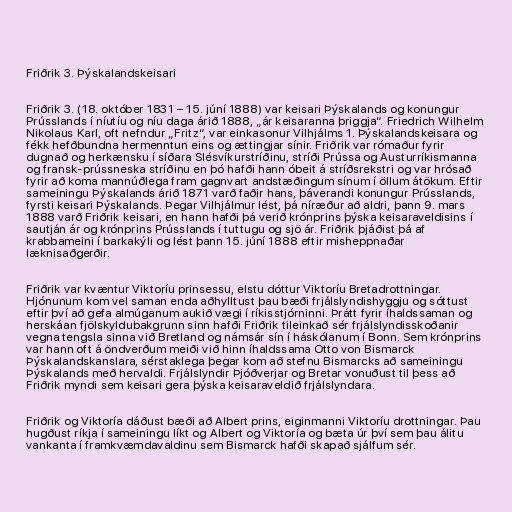
Friðrik 3. Þýskalandskeisari

Friðrik 3. (18. október 1831 – 15. júní 1888) var keisari Þýskalands og konungur
Prússlands í níutíu og níu daga árið 1888, „ár keisaranna þriggja“. Friedrich Wilhelm
Nikolaus Karl, oft nefndur „Fritz“, var einkasonur Vilhjálms 1. Þýskalandskeisara og
fékk hefðbundna hermenntun eins og ættingjar sínir. Friðrik var rómaður fyrir
dugnað og herkænsku í síðara Slésvíkurstríðinu, stríði Prússa og Austurríkismanna
og fransk-prússneska stríðinu en þó hafði hann óbeit á stríðsrekstri og var hrósað
fyrir að koma mannúðlega fram gagnvart andstæðingum sínum í öllum átökum. Eftir
sameiningu Þýskalands árið 1871 varð faðir hans, þáverandi konungur Prússlands,
fyrsti keisari Þýskalands. Þegar Vilhjálmur lést, þá níræður að aldri, þann 9. mars
1888 varð Friðrik keisari, en hann hafði þá verið krónprins þýska keisaraveldisins í
sautján ár og krónprins Prússlands í tuttugu og sjö ár. Friðrik þjáðist þá af
krabbameini í barkakýli og lést þann 15. júní 1888 eftir misheppnaðar
læknisaðgerðir.

Friðrik var kvæntur Viktoríu prinsessu, elstu dóttur Viktoríu Bretadrottningar.
Hjónunum kom vel saman enda aðhylltust þau bæði frjálslyndishyggju og sóttust
eftir því að gefa almúganum aukið vægi í ríkisstjórninni. Þrátt fyrir íhaldssaman og
herskáan fjölskyldubakgrunn sinn hafði Friðrik tileinkað sér frjálslyndisskoðanir
vegna tengsla sinna við Bretland og námsár sín í háskólanum í Bonn. Sem krónprins
var hann oft á öndverðum meiði við hinn íhaldssama Otto von Bismarck
Þýskalandskanslara, sérstaklega þegar kom að stefnu Bismarcks að sameiningu
Þýskalands með hervaldi. Frjálslyndir Þjóðverjar og Bretar vonuðust til þess að
Friðrik myndi sem keisari gera þýska keisaraveldið frjálslyndara.

Friðrik og Viktoría dáðust bæði að Albert prins, eiginmanni Viktoríu drottningar. Þau
hugðust ríkja í sameiningu líkt og Albert og Viktoría og bæta úr því sem þau álitu
vankanta í framkvæmdavaldinu sem Bismarck hafði skapað sjálfum sér.